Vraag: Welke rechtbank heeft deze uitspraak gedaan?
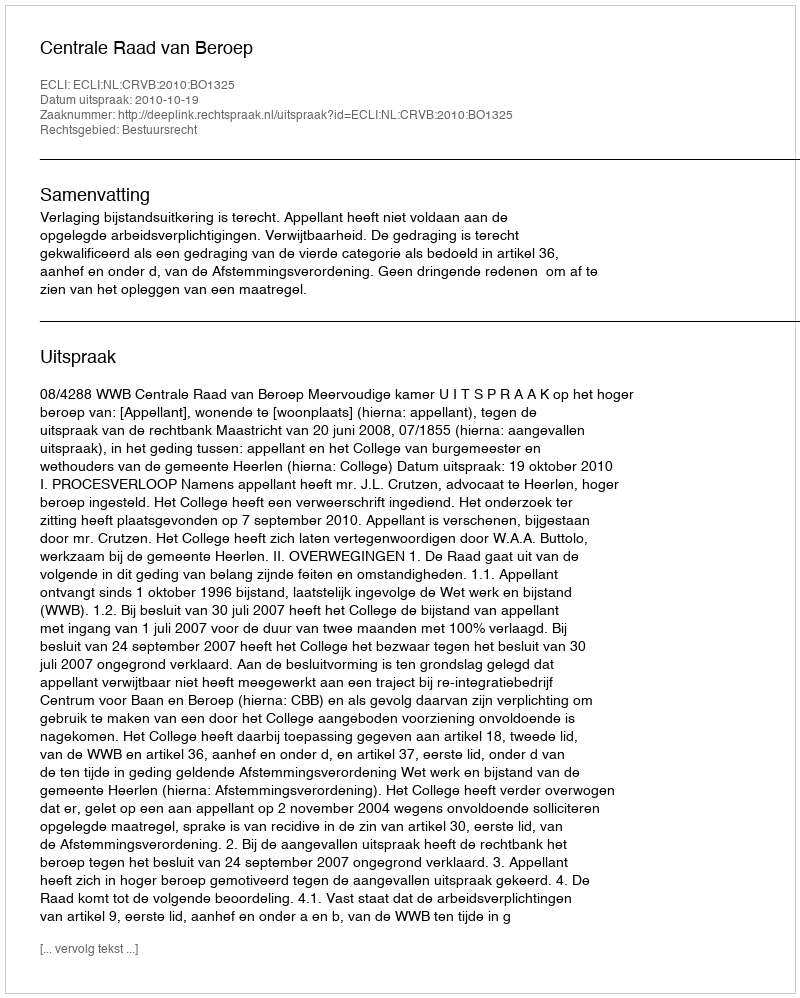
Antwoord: Centrale Raad van Beroep